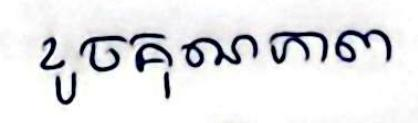
ខូចគុណភាព